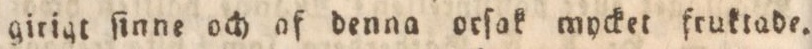
girigt ſinne och af denna ocſak mycket fruktade.